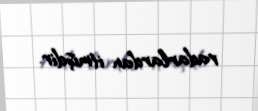
radarlardan itmişdir.